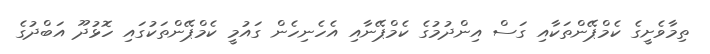
ތިމާވެށީގެ ކެމްޕޭންތަކާއި ގަސް އިންދުމުގެ ކެމްޕޭނާއި އެހެނިހެން ގައުމީ ކެމްޕޭންތަކުގައި ހޮޅުދޫ އަބްދުގެ